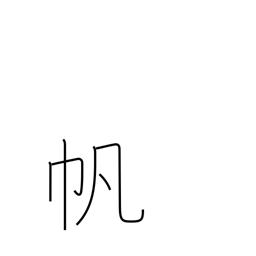
Meaning: sail